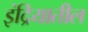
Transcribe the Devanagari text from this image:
इंद्रियातील